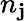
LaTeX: n_{\mathbf{j}}